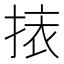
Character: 𢮯